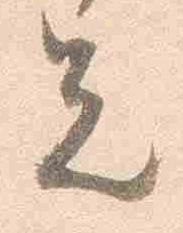
先